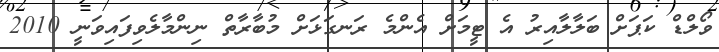
ވޯލްޑް ކަޕަށް ބަލާލާއިރު އެ ޓީމަށް އެންމެ ރަނގަޅަށް މުބާރާތް ނިންމާލެވިފައިވަނީ 2010